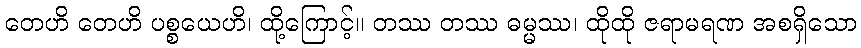
တေဟိ တေဟိ ပစ္စယေဟိ၊ ထို့ကြောင့်။ တဿ တဿ ဓမ္မဿ၊ ထိုထို ဇရာမရဏ အစရှိသော